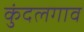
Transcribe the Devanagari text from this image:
कुंदलगाव